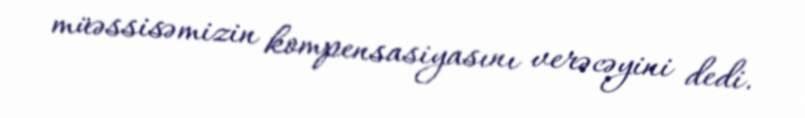
müəssisəmizin kompensasiyasını verəcəyini dedi.